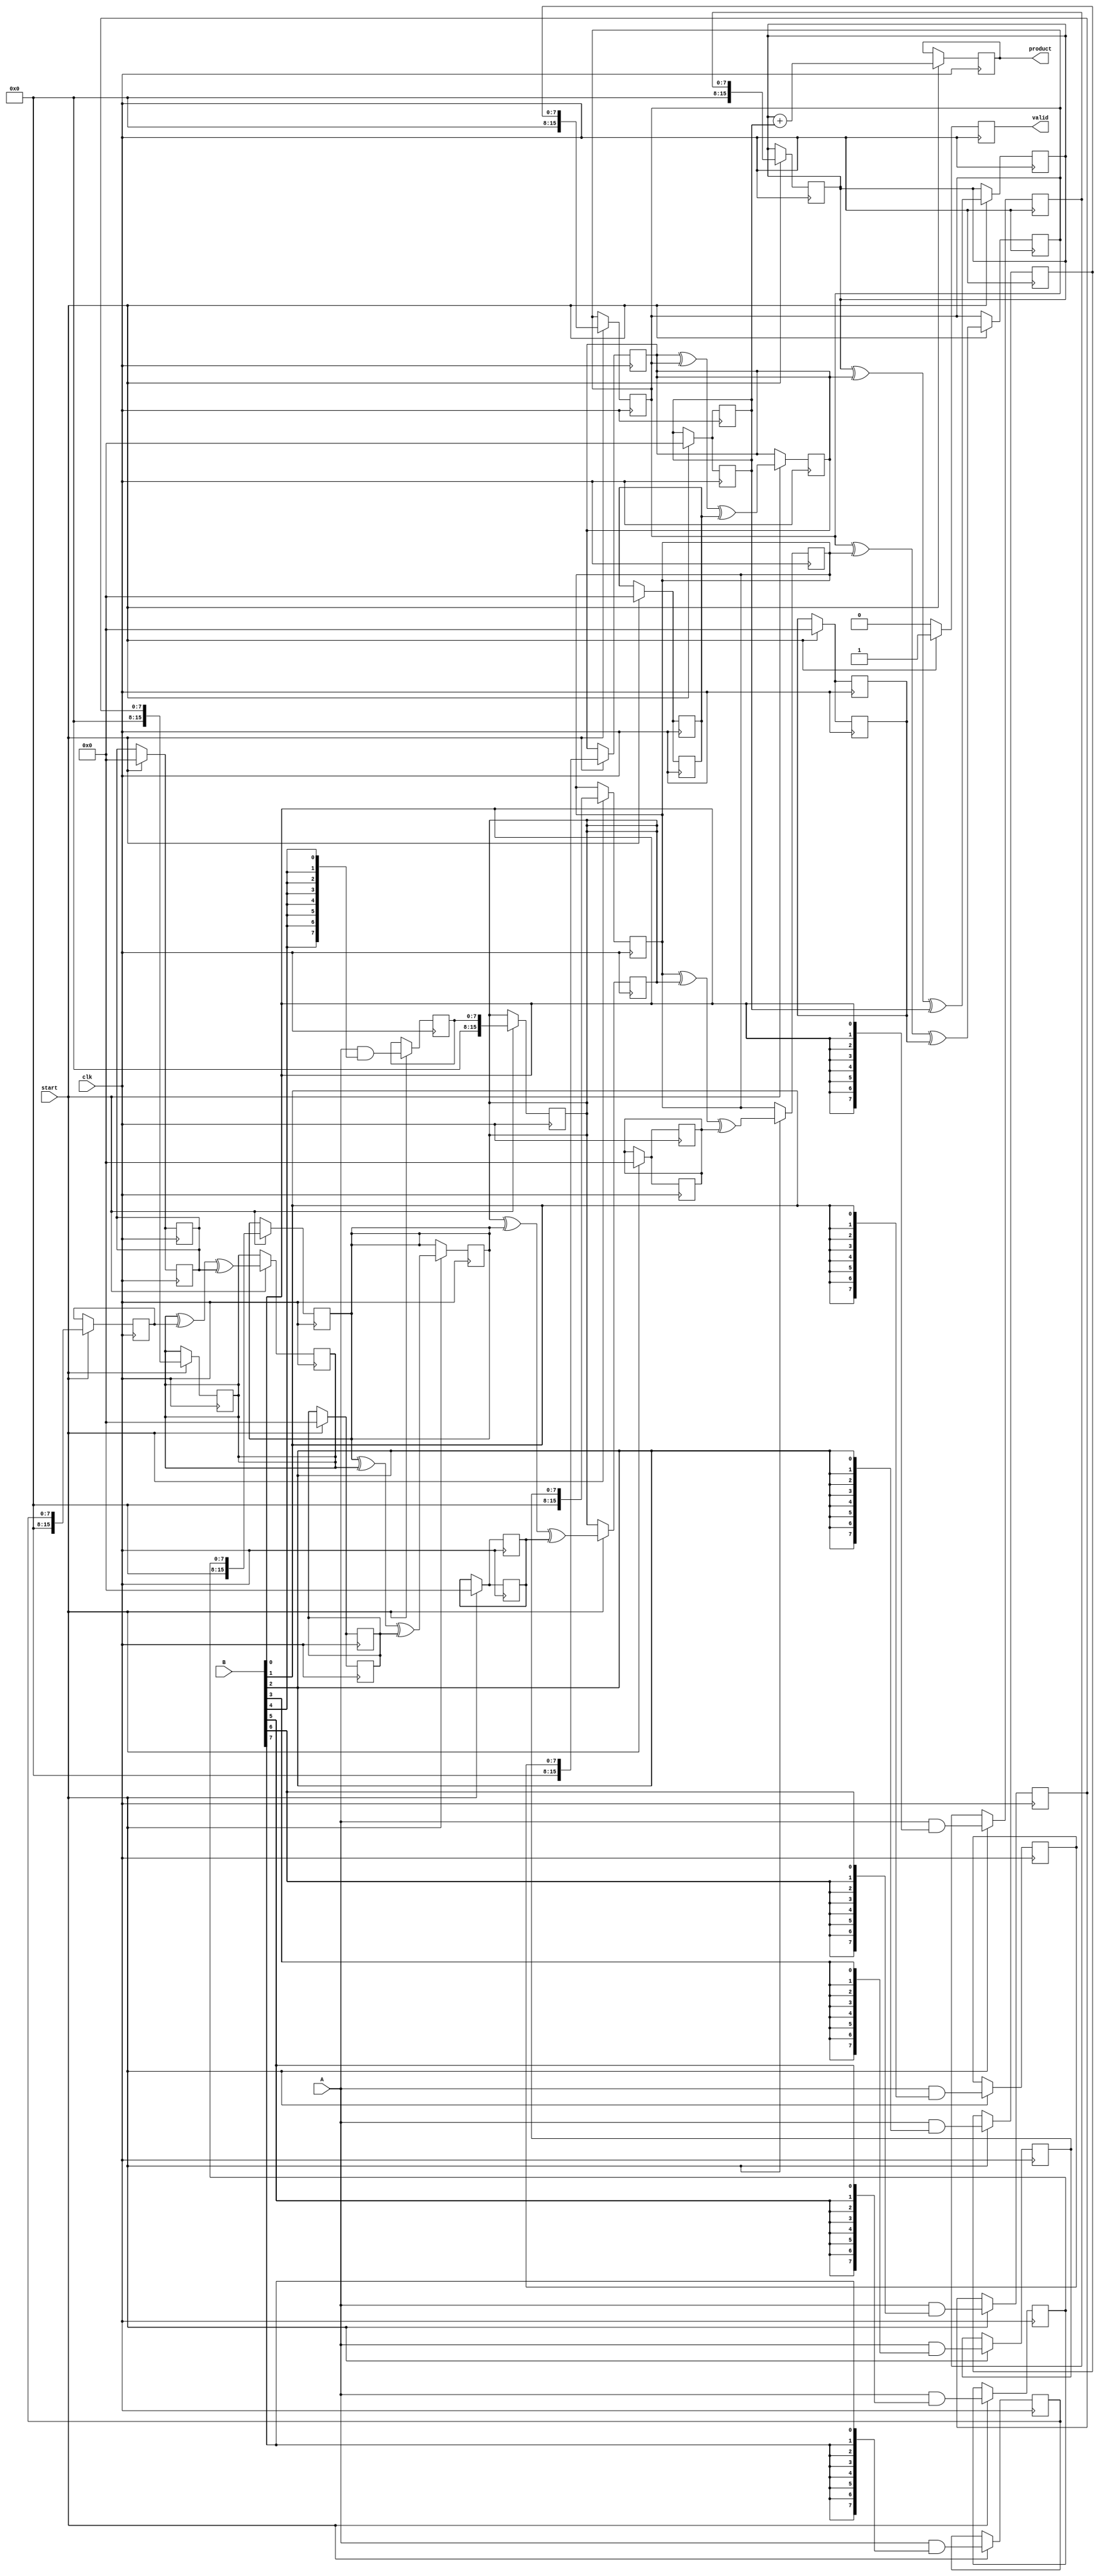
module wallace_tree_multiplier #(parameter N = 8) (
    input wire [N-1:0] A,
    input wire [N-1:0] B,
    input wire clk,
    input wire start,
    output reg [(2*N)-1:0] product,
    output reg valid
);

    // Internal wires and registers
    reg [N-1:0] partial_products [0:N-1]; // Array to hold partial products
    reg [2*N-1:0] sum [0:N]; // Array to hold sums at each level
    reg [2*N-1:0] carry [0:N]; // Array to hold carries at each level
    integer i, j;

    // Generate partial products
    always @(posedge clk) begin
        if (start) begin
            // Partial product generation
            for (i = 0; i < N; i = i + 1) begin
                partial_products[i] <= A & {N{B[i]}};
            end
            
            // Clear sums and carries for the next computation
            for (i = 0; i < N; i = i + 1) begin
                sum[i] <= 0;
                carry[i] <= 0;
            end
            
            // Initial loading of partial products
            for (i = 0; i < N; i = i + 1) begin
                sum[i] <= partial_products[i];
            end
        end
    end

    // Wallace Tree Reduction Process
    always @(posedge clk) begin
        if (start) begin
            for (i = 0; i < N-1; i = i + 1) begin
                {carry[i], sum[i]} <= three_input_csa(sum[i], sum[i+1], carry[i]);
            end
            
            // Finalize product
            product <= sum[0] + carry[0];
            valid <= 1'b1; // Indicate that product is valid
        end else begin
            valid <= 1'b0; // Reset valid signal when not starting
        end
    end

    // Carry-Save Adder (CSA)
    function [2*N-1:0] three_input_csa;
        input [2*N-1:0] a;
        input [2*N-1:0] b;
        input [2*N-1:0] c;
        reg [2*N-1:0] temp_sum, temp_carry;
        begin
            temp_sum = a ^ b ^ c; // Sum = A XOR B XOR C
            temp_carry = (a & b) | (b & c) | (c & a); // Carry = (A AND B) OR (B AND C) OR (C AND A)
            three_input_csa = {temp_carry, temp_sum};
        end
    endfunction

endmodule